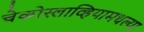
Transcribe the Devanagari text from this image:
चेकोस्लाव्हियामधल्या